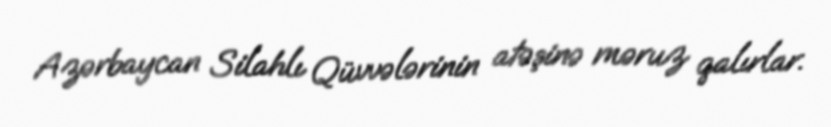
Azərbaycan Silahlı Qüvvələrinin atəşinə məruz qalırlar.